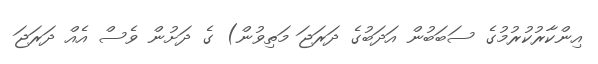
އިންކާރުކުރުމުގެ ސަބަބުން އަދަބުގެ ދަރަޖަ މަތިވުން) ގެ ދަށުން ވެސް އެއް ދަރަޖަ